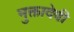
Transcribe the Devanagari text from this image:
मुक्तादेवी